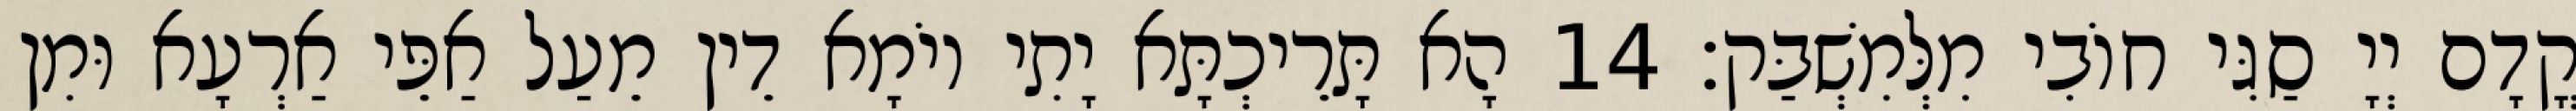
קֳדָם יְיָ סַגִּי חוֹבִי מִלְּמִשְׁבַּק׃ 14 הָא תָּרֵיכְתָּא יָתִי יוֹמָא דֵין מֵעַל אַפֵּי אַרְעָא וּמִן